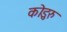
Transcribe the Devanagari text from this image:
कोडुरु